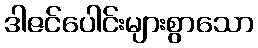
ဒါဇင်ပေါင်းများစွာသော